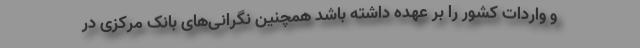
و واردات کشور را بر عهده داشته باشد همچنین نگرانی‌های بانک مرکزی در